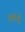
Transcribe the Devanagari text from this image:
एलेन्द्रे